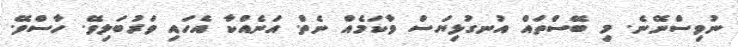
ނުވިސްނޭނެ. މި ބޭސްތައް އުނގުޅިޔަސް ވާކަމެއް ނެތް. އަނެއްކާ އެހައި ވަރުބަލިވޭ. ހާސްވޭ.